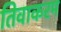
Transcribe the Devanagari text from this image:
तिवाकरम